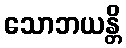
သောဘယန္တိ